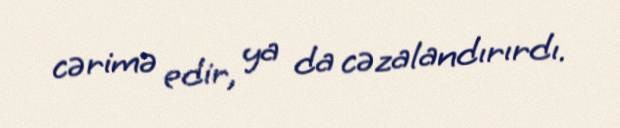
cərimə edir, ya da cəzalandırırdı.